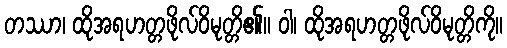
တဿာ၊ ထိုအရဟတ္တဖိုလ်ဝိမုတ္တိ၏။ ဝါ၊ ထိုအရဟတ္တဖိုလ်ဝိမုတ္တိကို။